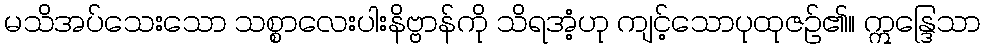
မသိအပ်သေးသော သစ္စာလေးပါးနိဗ္ဗာန်ကို သိရအံ့ဟု ကျင့်သောပုထုဇဉ်၏။ ဣန္ဒြေသာ